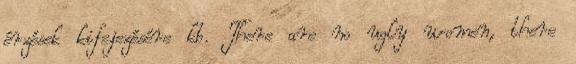
érzések kifejezésére kb. There are no ugly women, there